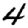
Digit: 4